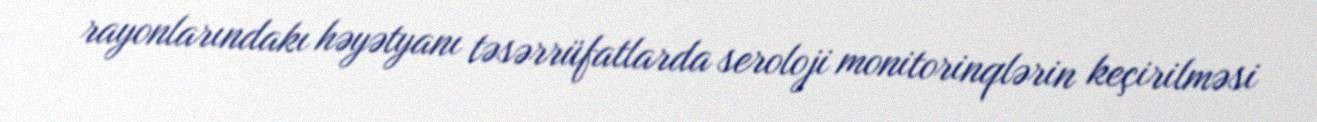
rayonlarındakı həyətyanı təsərrüfatlarda seroloji monitorinqlərin keçirilməsi